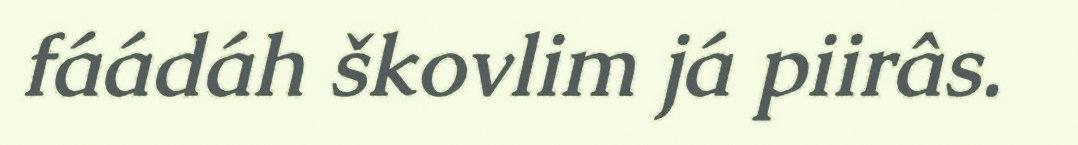
fáádáh škovlim já piirâs.